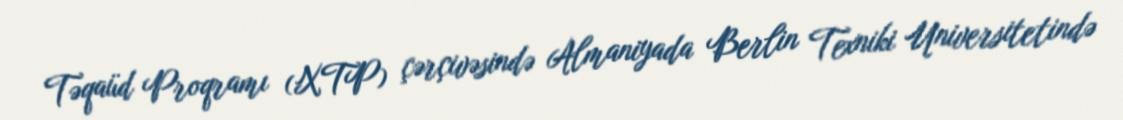
Təqaüd Proqramı (XTP) çərçivəsində Almaniyada Berlin Texniki Universitetində